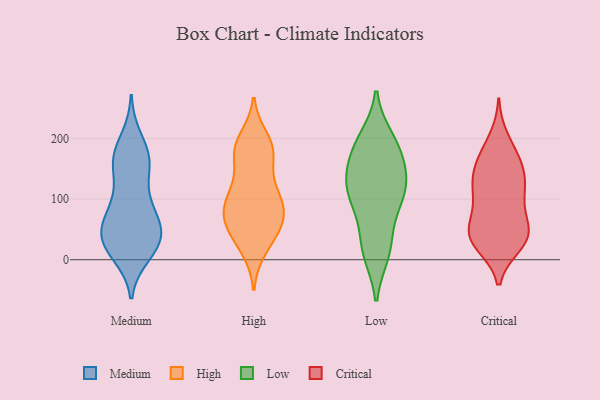
{"axis": {"x": "Satisfaction Score", "y": "Value"}, "legend": ["Critical", "High", "Low", "Medium"], "data": [{"x": "", "y": 20, "type": "Medium"}, {"x": "", "y": 10, "type": "Medium"}, {"x": "", "y": 28, "type": "Medium"}, {"x": "", "y": 164, "type": "Medium"}, {"x": "", "y": 198, "type": "Medium"}, {"x": "", "y": 27, "type": "Medium"}, {"x": "", "y": 163, "type": "Medium"}, {"x": "", "y": 36, "type": "Medium"}, {"x": "", "y": 39, "type": "Medium"}, {"x": "", "y": 106, "type": "Medium"}, {"x": "", "y": 161, "type": "Medium"}, {"x": "", "y": 84, "type": "Medium"}, {"x": "", "y": 70, "type": "Medium"}, {"x": "", "y": 157, "type": "Medium"}, {"x": "", "y": 170, "type": "Medium"}, {"x": "", "y": 86, "type": "Medium"}, {"x": "", "y": 57, "type": "Medium"}, {"x": "", "y": 28, "type": "Medium"}, {"x": "", "y": 52, "type": "Medium"}, {"x": "", "y": 183, "type": "High"}, {"x": "", "y": 199, "type": "High"}, {"x": "", "y": 101, "type": "High"}, {"x": "", "y": 91, "type": "High"}, {"x": "", "y": 63, "type": "High"}, {"x": "", "y": 171, "type": "High"}, {"x": "", "y": 185, "type": "High"}, {"x": "", "y": 109, "type": "High"}, {"x": "", "y": 23, "type": "High"}, {"x": "", "y": 93, "type": "High"}, {"x": "", "y": 129, "type": "High"}, {"x": "", "y": 54, "type": "High"}, {"x": "", "y": 104, "type": "High"}, {"x": "", "y": 59, "type": "High"}, {"x": "", "y": 79, "type": "High"}, {"x": "", "y": 59, "type": "High"}, {"x": "", "y": 18, "type": "High"}, {"x": "", "y": 178, "type": "High"}, {"x": "", "y": 52, "type": "High"}, {"x": "", "y": 180, "type": "High"}, {"x": "", "y": 97, "type": "Low"}, {"x": "", "y": 121, "type": "Low"}, {"x": "", "y": 93, "type": "Low"}, {"x": "", "y": 14, "type": "Low"}, {"x": "", "y": 38, "type": "Low"}, {"x": "", "y": 111, "type": "Low"}, {"x": "", "y": 188, "type": "Low"}, {"x": "", "y": 199, "type": "Low"}, {"x": "", "y": 187, "type": "Low"}, {"x": "", "y": 152, "type": "Low"}, {"x": "", "y": 125, "type": "Low"}, {"x": "", "y": 11, "type": "Low"}, {"x": "", "y": 154, "type": "Low"}, {"x": "", "y": 165, "type": "Critical"}, {"x": "", "y": 200, "type": "Critical"}, {"x": "", "y": 29, "type": "Critical"}, {"x": "", "y": 43, "type": "Critical"}, {"x": "", "y": 170, "type": "Critical"}, {"x": "", "y": 40, "type": "Critical"}, {"x": "", "y": 68, "type": "Critical"}, {"x": "", "y": 145, "type": "Critical"}, {"x": "", "y": 54, "type": "Critical"}, {"x": "", "y": 25, "type": "Critical"}, {"x": "", "y": 129, "type": "Critical"}, {"x": "", "y": 96, "type": "Critical"}, {"x": "", "y": 49, "type": "Critical"}, {"x": "", "y": 34, "type": "Critical"}, {"x": "", "y": 131, "type": "Critical"}, {"x": "", "y": 31, "type": "Critical"}, {"x": "", "y": 97, "type": "Critical"}, {"x": "", "y": 170, "type": "Critical"}, {"x": "", "y": 119, "type": "Critical"}, {"x": "", "y": 120, "type": "Critical"}]}